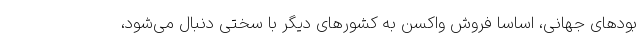
بودهای جهانی، اساسا فروش واکسن به کشورهای دیگر با سختی دنبال می‌شود،